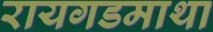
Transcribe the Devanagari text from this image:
रायगडमाथा